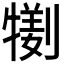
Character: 𤛜